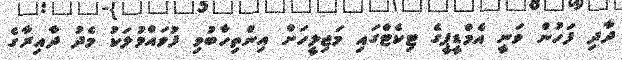
ދާދި ފަހުން ވަނީ އެމްޑީޕީގެ ޓިކެޓްގައި މަޖިލީހަށް އިންތިހާބުވި ފުވައްމުލަކު މެދު ދާއިރާގެ